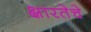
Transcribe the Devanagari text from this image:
क्षारतेचे